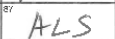
Transcription: ALS